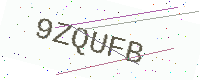
Text: 9ZQUFB